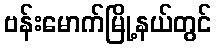
ဗန်းမောက်မြို့နယ်တွင်